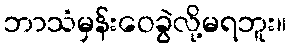
ဘာသံမှန်းဝေခွဲလို့မရဘူး။